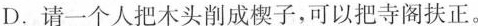
D.请一个人把木头削成楔子，可以把寺阁扶正。